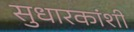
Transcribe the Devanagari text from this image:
सुधारकांशी